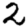
Digit: 2